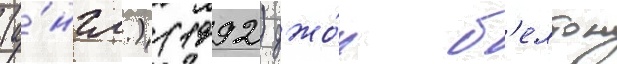
(а́нгл.) (1992) джо́н б'елтон